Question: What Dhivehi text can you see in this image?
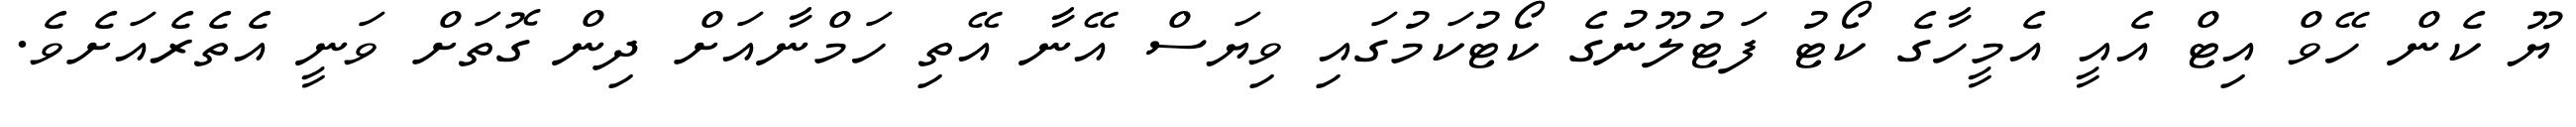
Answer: ޔޫ ކެން ހޭވް އިޓް އެއީ އެމީހާގެ ކޯޓު ފަޓުލޫނުގެ ކޯޓުކަމުގައި ވިޔަސް އޭނާ އޭތި ހަމްނާއަށް ދިން ގޮތަށް ވަނީ އެތެރެއަށެވެ.